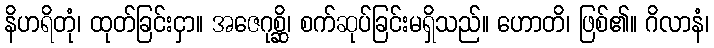
နိဟရိတုံ၊ ထုတ်ခြင်းငှာ။ အဇေဂုစ္ဆိ၊ စက်ဆုပ်ခြင်းမရှိသည်။ ဟောတိ၊ ဖြစ်၏။ ဂိလာနံ၊